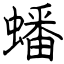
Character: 蟠